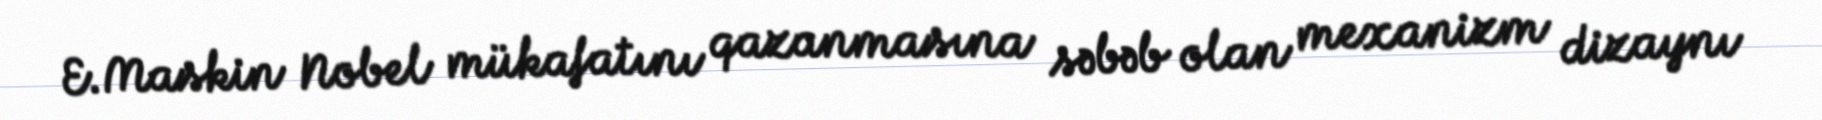
E.Maskin Nobel mükafatını qazanmasına səbəb olan mexanizm dizaynı